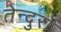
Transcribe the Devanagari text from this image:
तेन्दुरों